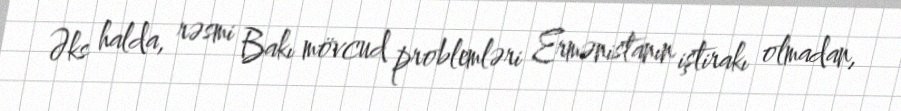
Əks halda, rəsmi Bakı mövcud problemləri Ermənistanın iştirakı olmadan,